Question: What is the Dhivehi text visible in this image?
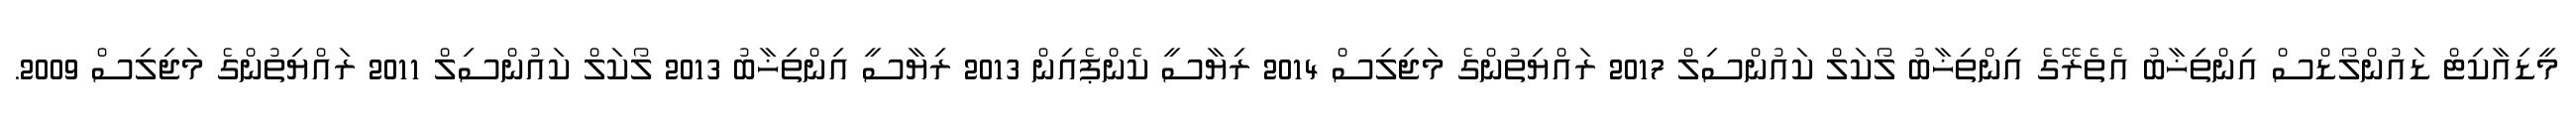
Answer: މީޑިއާކިޓް ޑައުންލޯޑްސް އިންތިޚާބު އެތެރޭގެ އިންތިޚާބު ލޯކަލް ކައުންސިލް 2017 ރައްޔިތުންގެ މަޖިލިސް 2014 ރިޔާސީ ކެންޕެއިން 2013 ރިޔާސީ އިންތިޚާބު 2013 ލޯކަލް ކައުންސިލް 2011 ރައްޔިތުންގެ މަޖިލިސް 2009.